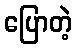
ပြောတဲ့